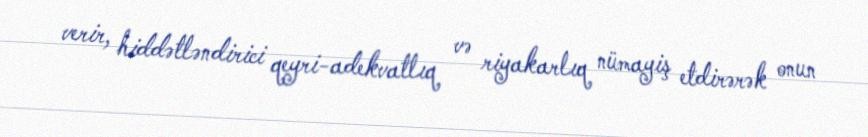
verir, hiddətləndirici qeyri-adekvatlıq və riyakarlıq nümayiş etdirərək onun